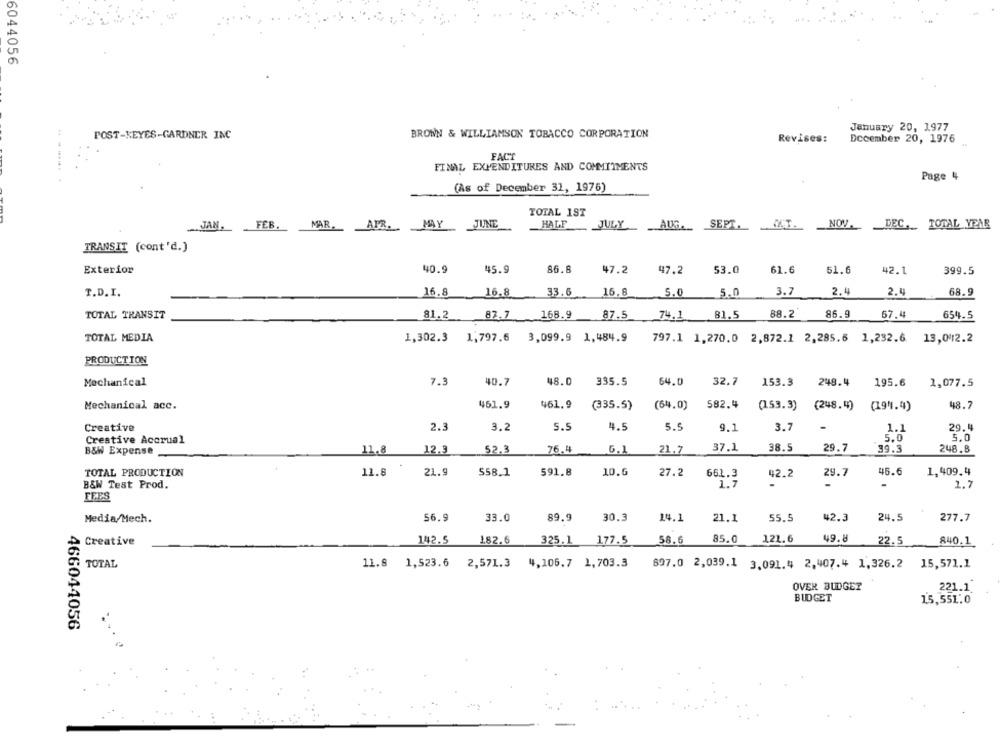
6044056
January 20, 1977
POST-KEYES-GARDNER INC
BROWN & WILLIAMSON TOBACCO CORPORATION
Revises:
December 20, 1976
FACT
-----
FINAL EXPENDITURES AND COMMITMENTS
Page 4
(As of December 31, 1976)
TOTAL 1ST
FEB.
MAR. APR. MAY JUNE
HALF
JULYAUG ._ SEPT.W.T. NOV .__ DEC ._ TOTAL YEAR
JAN
TRANSIT (cont'd.)
Exterior
40.9
45.9
86.8
47.2
47.2
53.0
61.6
51.6
42.1
399.5
T.D. I.
16.8
16.8
33.6
15.8
5.0
5.0
3.7
2.4
2.4
68.9
TOTAL TRANSIT
81.2
87.7
168.9
87.5
74.1
81.5
88.2
86.9
57.4
654.5
TOTAL MEDIA
1,302.3
1,797.6 3,099.9 1,484.9
797.1 1.270.0 2,872.1 2,285.6 1,232.6
13,042.2
PRODUCTION
Mechanical
7.3
40.7
48.0
335.5
64.0
32.7
153.3
248.4
195.6
1,077.5
Mechanical acc.
461.9
461.9
(335.5)
(64.0)
582.4
(153.3)
(248.4)
48.7
(19".4)
Creative
2.3
3.2
5.5
4.5
5.5
3.7
1.1
29.4
9.1
5.0
5.0
Creative Accrual
B&W Expense
11.8
12.9
52.3
76.4
6.1
21.7
37.1
38.5
29.7
39.3
248.8
TOTAL PRODUCTION
11.8
21.9
591.8
10.6
27.2
662.3
29.7
45.6
1,409.4
$58.1
42.2
B&W Test Prod.
1.7
-
-
1.7
FEES
56.9
33.0
89.9
30.3
14.1
21.1
55.5
42.3
24.5
277.7
Media/Mech.
Creative
142.5
182.6
325.1
177.5
58.6
85.0
121.6
49.8
22.5
840.1
TOTAL
11.8 1,523.6 2,571.3 4,106.7 1,703.3
897.0 2,039.1 3.091.4 2,407.4 1,326.2 15,571.1
OVER BUDGET
221.1
BUDGET
15,551.0
466044056